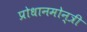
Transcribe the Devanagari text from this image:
प्रोधानमोन्त्री